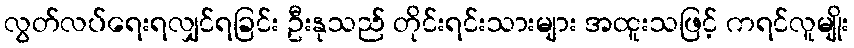
လွတ်လပ်ရေးရလျှင်ရခြင်း ဦးနုသည် တိုင်းရင်းသားများ အထူးသဖြင့် ကရင်လူမျိုး